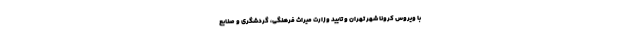
با ویروس کرونا شهر تهران و تایید وزارت میراث فرهنگی، گردشگری و صنایع